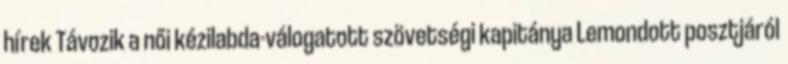
hírek Távozik a női kézilabda-válogatott szövetségi kapitánya Lemondott posztjáról